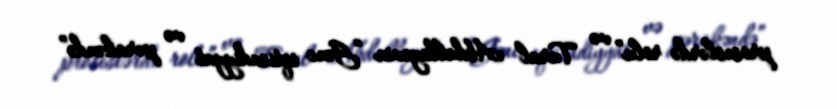
proseslərdə rolu” və Tural Abdullayevin “Gənc iqtisadiyyat və pərakəndə”